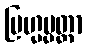
ဗြဟ္မပ္ပတ္တာ